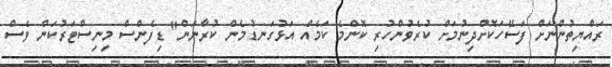
ރައްޔިތުންނަށް ފަސޭހަކޮށްދިނުމަށް ކުރެވުންހުރި ކޮންމެ ކަމެއް އަޅުގަނޑުމެން ކުރާނަން" ޑިފެންސް މިނިސްޓަރުކަން ވެސް